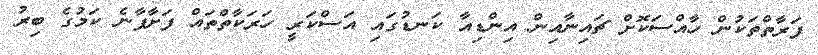
ފަރާތްތަކުން ހާއްސަކޮށް ޗައިނާއިން އިންޑިއާ ކަނޑުގައި އަސްކަރީ ހަރަކާތްތައް ފަށާފާނެ ކަމުގެ ބިރު